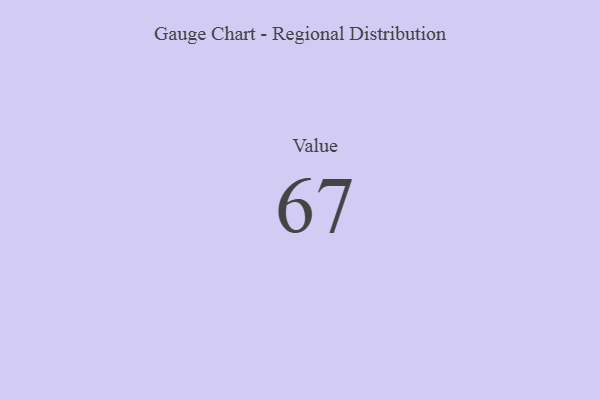
{"axis": {"x": "Metric", "y": "Value"}, "legend": [""], "data": [{"x": "Value", "y": 67, "type": ""}]}